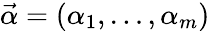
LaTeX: \vec{\alpha}=(\alpha_{1},\dots,\alpha_{m})